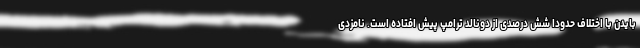
بایدن با اختلاف حدودا شش درصدی از دونالد ترامپ پیش افتاده است. نامزدی